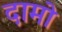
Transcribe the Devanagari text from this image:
दामो